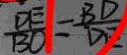
\frac { D E } { B O } = \frac { B D } { D F }